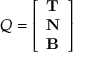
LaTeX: Q = \left[ { \begin{array} { l } { \mathbf { T } } \\ { \mathbf { N } } \\ { \mathbf { B } } \end{array} } \right]